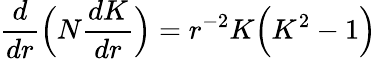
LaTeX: \frac{d}{dr}\Bigl(N\frac{dK}{dr}\Bigr)=r^{-2}K\Bigl(K^{2}-1\Bigr)